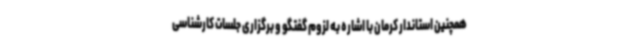
همچنین استاندار کرمان با اشاره به لزوم گفتگو و برگزاری جلسات کارشناسی